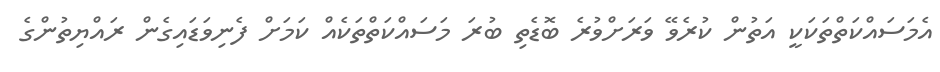
އެމަސައްކަތްތަކަކީ އަތުން ކުރެވޭ ވަރަށްވުރެ ބޮޑެތި ބުރަ މަސައްކަތްތަކެއް ކަމަށް ފެނިވަޑައިގެން ރައްޔިތުންގެ